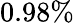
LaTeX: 0.98\%